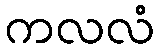
ကလလံ